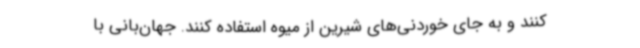
کنند و به جای خوردنی‌های شیرین از میوه استفاده کنند. جهان‌بانی با